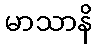
မာသာနိ